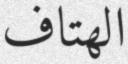
الھتاف